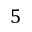
5